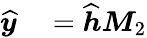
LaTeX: \begin{array}{rl}{\widehat{\boldsymbol{y}}}&{{}=\widehat{\boldsymbol{h}}\boldsymbol{M}_{2}}\end{array}